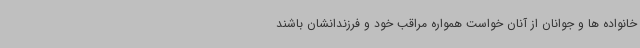
خانواده ها و جوانان از آنان خواست همواره مراقب خود و فرزندانشان باشند